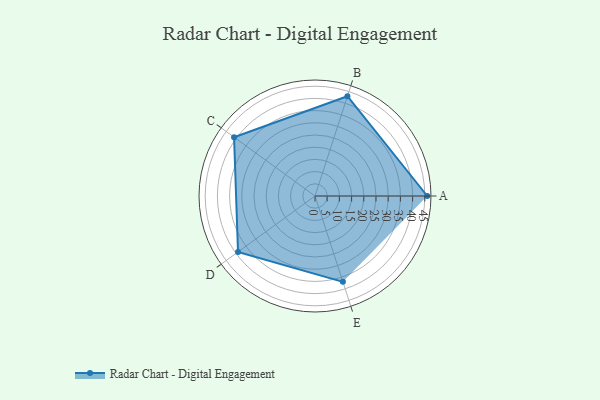
{"axis": {"x": "Skill", "y": "Score"}, "legend": ["Profile"], "data": [{"x": "A", "y": 46.0, "type": "Profile"}, {"x": "B", "y": 43.0, "type": "Profile"}, {"x": "C", "y": 41.0, "type": "Profile"}, {"x": "D", "y": 39.0, "type": "Profile"}, {"x": "E", "y": 37.0, "type": "Profile"}]}